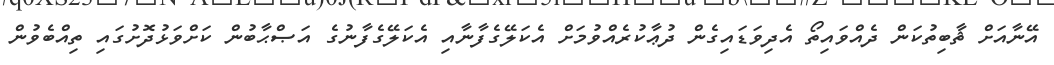
އޭނާއަށް ޘާބިތުކަން ދެއްވައިތޯ އެދިވަޑައިގެން ދުޢާކުރެއްވުމަށް އެކަލޭގެފާނާއި އެކަލޭގެފާނުގެ އަޞްޙާބުން ކަށްވަޅުދޮށުގައި ތިއްބެވުން